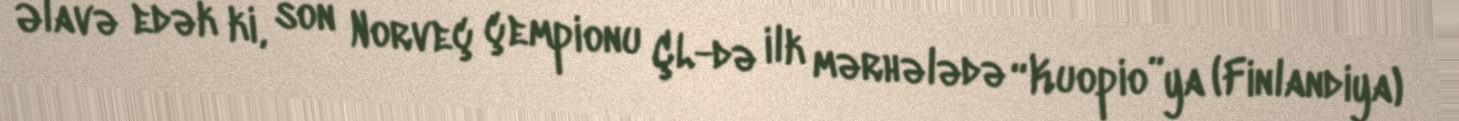
Əlavə edək ki, son Norveç çempionu ÇL-də ilk mərhələdə “Kuopio”ya (Finlandiya)